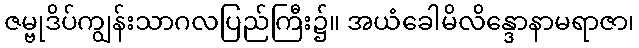
ဇမ္ဗုဒိပ်ကျွန်းသာဂလပြည်ကြီး၌။ အယံခေါမိလိန္ဒောနာမရာဇာ၊